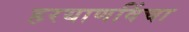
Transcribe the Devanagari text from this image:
हरयाणविंचा